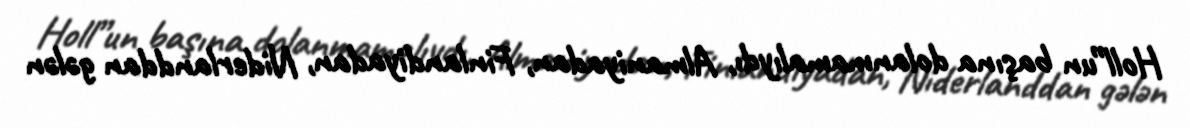
Holl”un başına dolanmamalıydı, Almaniyadan, Finlandiyadan, Niderlanddan gələn